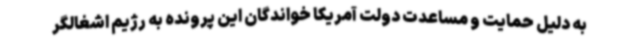
به دلیل حمایت و مساعدت دولت آمریکا خواندگان این پرونده به رژیم اشغالگر